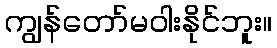
ကျွန်တော်မဝါးနိုင်ဘူး။